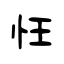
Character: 忹